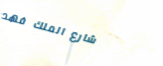
شارع الملك فهد